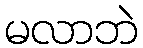
မလာဘဲ